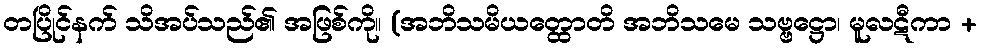
တပြိုင်နက် သိအပ်သည်၏ အဖြစ်ကို။ (အဘိသမိယတ္ထောတိ အဘိသမေ သဗ္ဗဋ္ဌော၊ မူလဋီကာ +